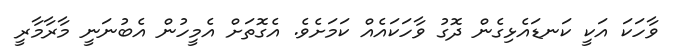
ވާހަކަ އަކީ ކަނޑައެޅިގެން ދޮގު ވާހަަކައެއް ކަމަށެވެ. އެގޮތަށް އެމީހުން އެބުނަނީ މާރާމާރީ